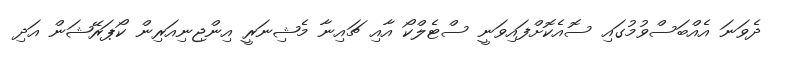
ދެވަނަ އެއްބަސްވުމުގައި ސޮއެކޮށްފައިވަނީ ސްޓެލްކޯ އާއި ޗައިނާ މެޝިނަރީ އިންޖިނިއަރިން ކޯޕަރޭޝަން އަދި